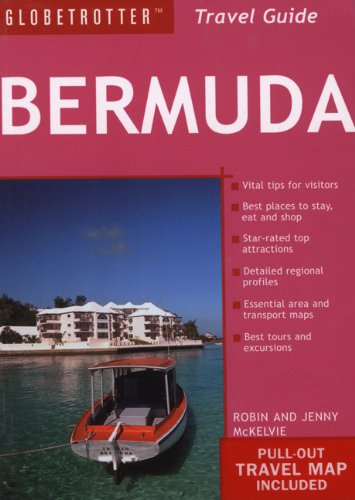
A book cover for Bermuda Travel Pack (Globetrotter Travel Packs); Jenny McKelvie; Travel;